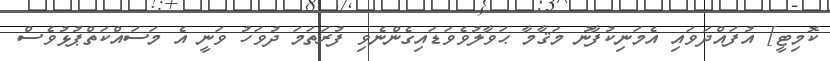
ކޮމިޓީ] އުފައްދަވައި އެމަނިކުފާނު މަޤާމާ ޙަވާލުވެވަޑައިގެންނެވި ފުރަތަމަ ދުވަހު ވަނީ އެ މަސައްކަތްޕުޅުވެސް